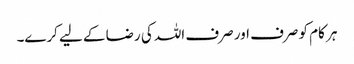
ہر کام کو صرف اور صرف اللہ کی رضا کے لیے کرے۔